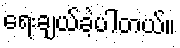
ရေးချယ်ခဲ့ပါတယ်။